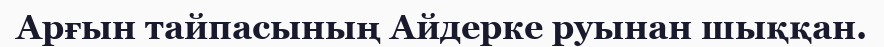
Арғын тайпасының Айдерке руынан шыққан.